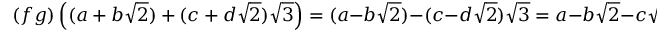
( f g ) \left( ( a + b { \sqrt { 2 } } ) + ( c + d { \sqrt { 2 } } ) { \sqrt { 3 } } \right) = ( a - b { \sqrt { 2 } } ) - ( c - d { \sqrt { 2 } } ) { \sqrt { 3 } } = a - b { \sqrt { 2 } } - c { \sqrt { 3 } } + d { \sqrt { 6 } } .